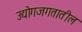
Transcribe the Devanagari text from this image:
उद्योगजगतातील